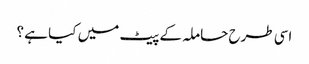
اسی طرح حاملہ کے پیٹ میں کیا ہے ؟